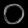
Digit: ၀